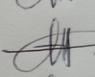
Signature authenticity: genuine